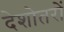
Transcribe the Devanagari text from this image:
देशोतरों